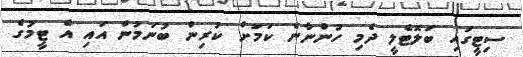
ސިޓީގައި ބަލޮޓެލީ ދެމި ހުންނާނެ ކަމަށް ކުރިން ބުނަމުން އައި އެ ޓީމުގެ